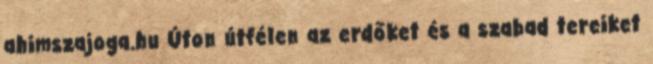
ahimszajoga.hu Úton útfélen az erdőket és a szabad tereiket